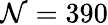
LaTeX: \mathcal{N}=390